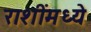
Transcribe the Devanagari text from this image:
राशींमध्ये